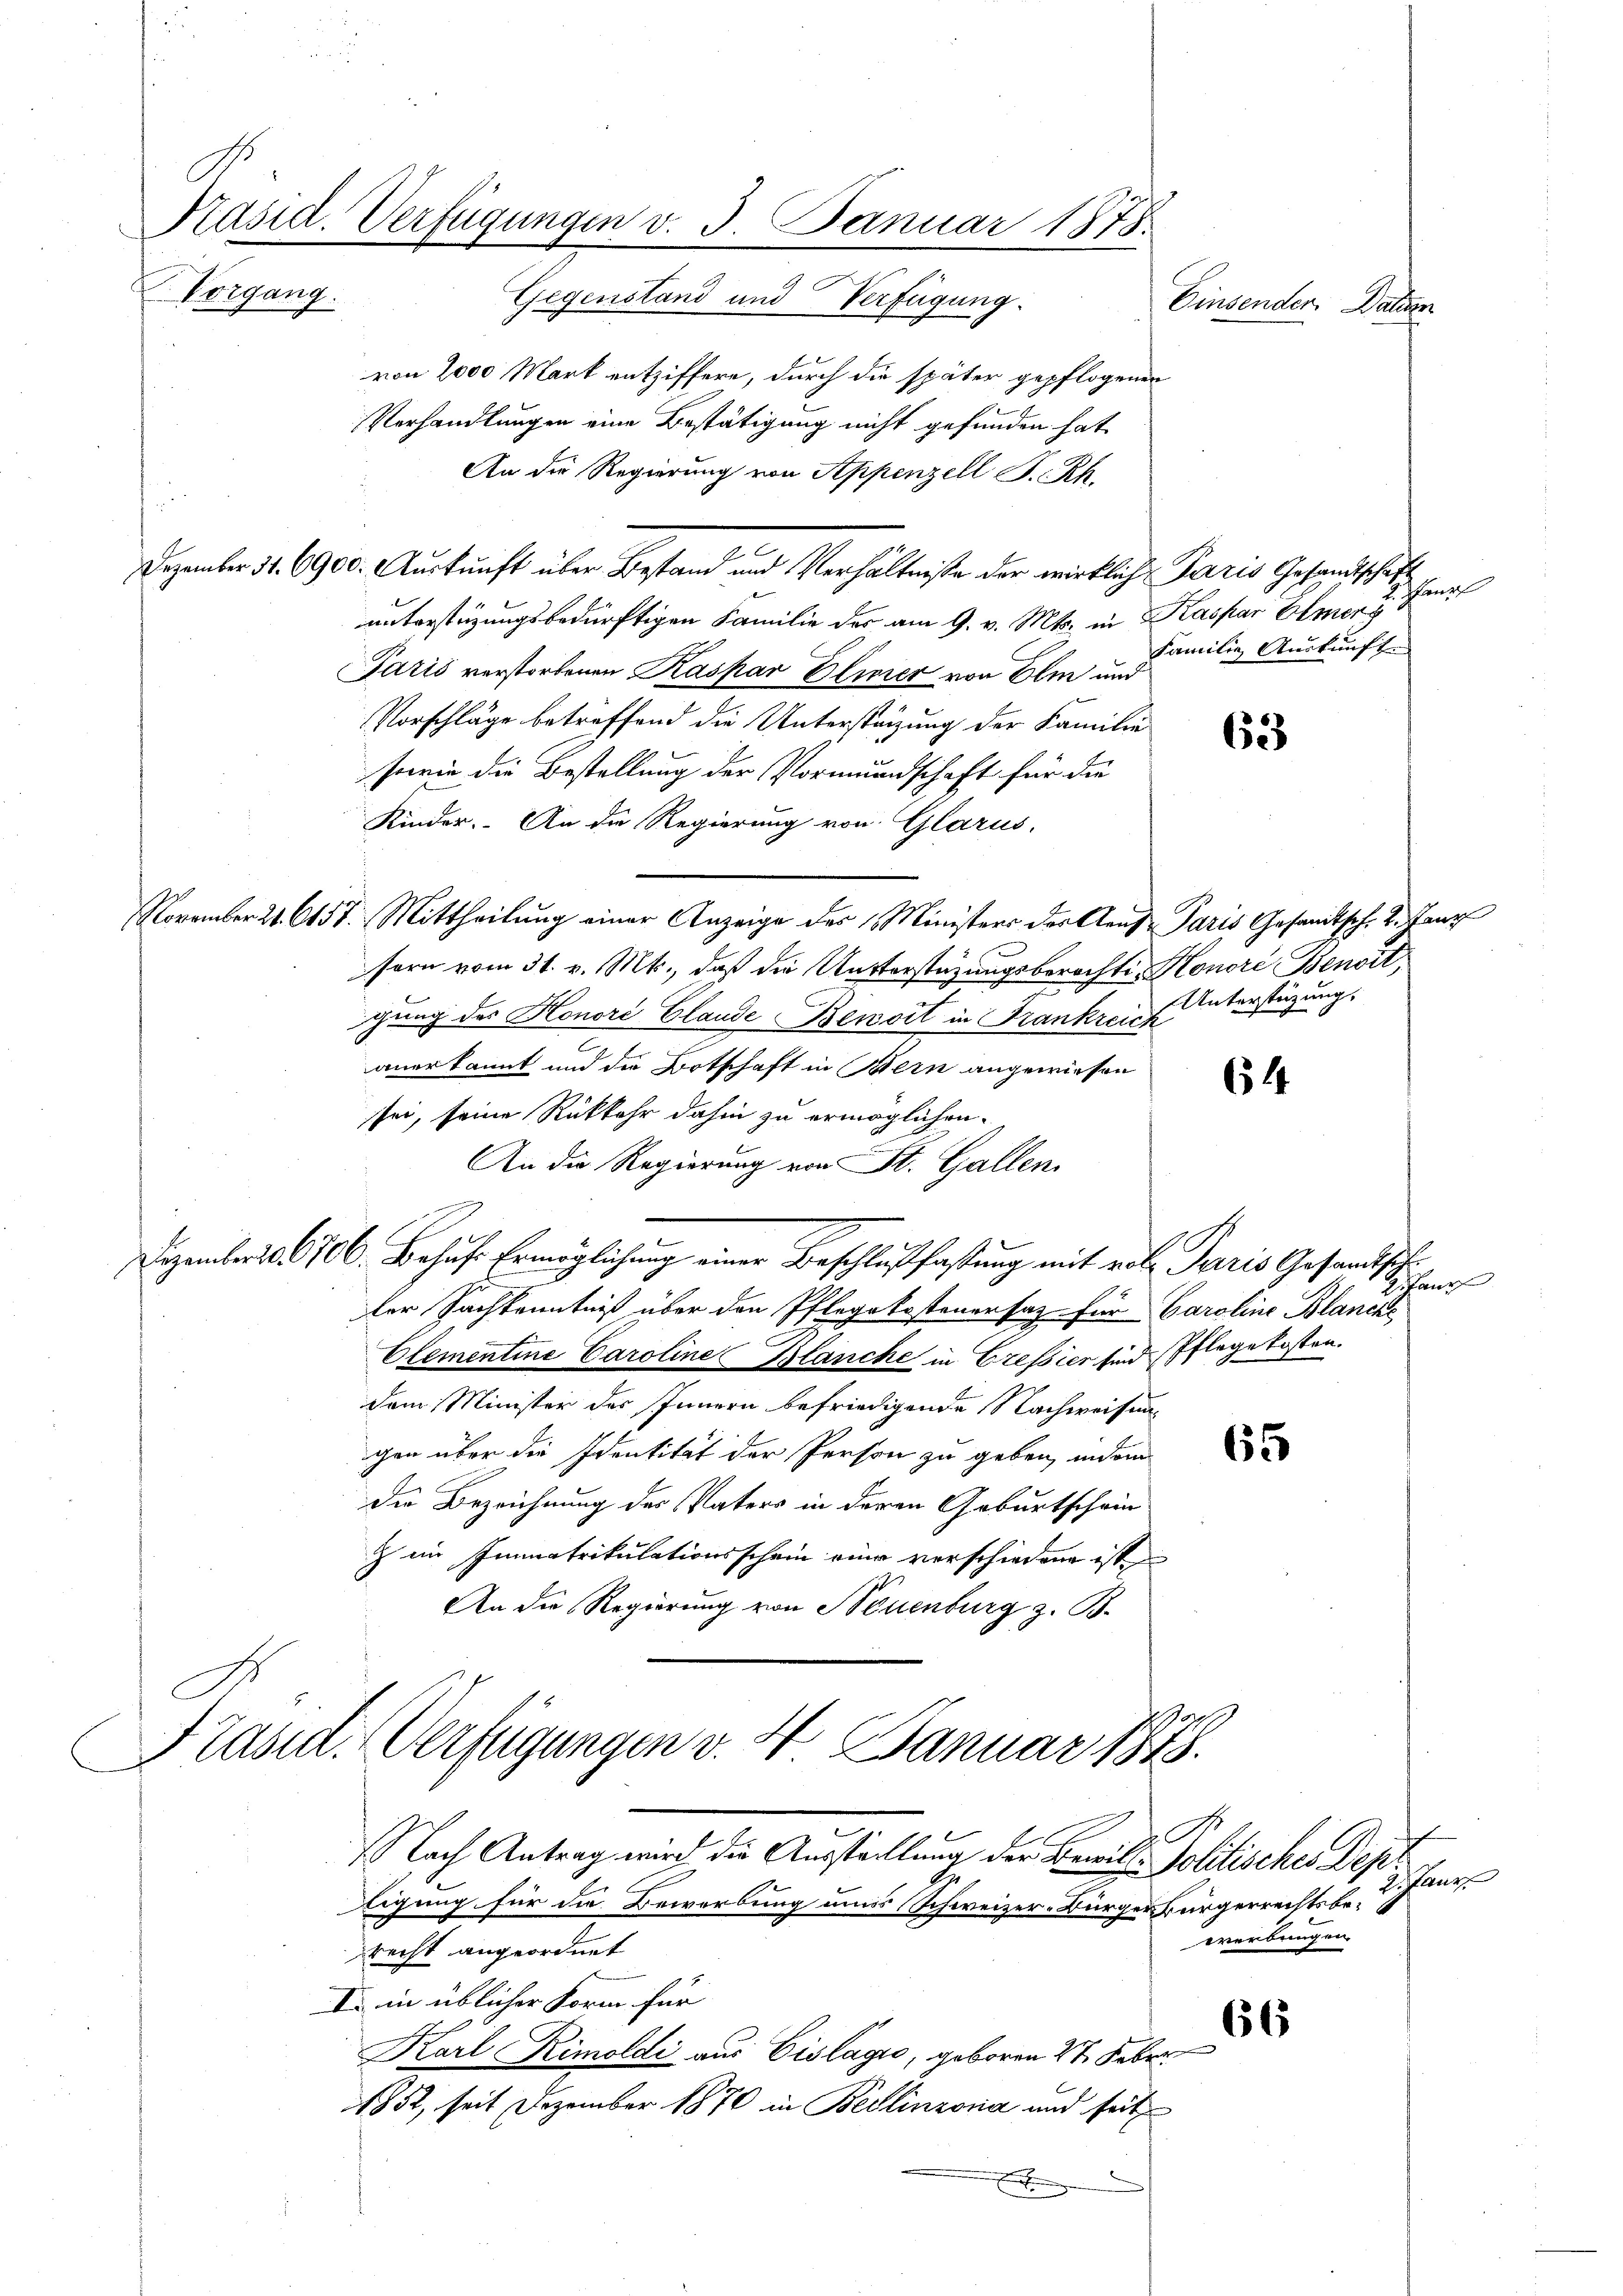
Präsid. Verfügungen v. 3. Januar 1878.
Vorgang.
Gegenstand und Verfügung.
Einsender. Daten.

von 2000 Mark entziffere, durch die später gepflogener
Verhandlungen eine Bestätigung nicht gefunden hat,
An die Regierung von Appenzell A.-Rh.
Dezember 31. 6900. Auskunft über Bestand und Verhältnisse der wirklich Paris Gesandtschaft
unterstüzungsbedürftigen Familie der am 9. v. Mts. in Kaspar Elmerg
Paris verstorbenen Kaspar Elivier von Olm und
Vorschläge betreffend die Unterstützung der Familie
sowie die Bestellung der Vormundschaft für die
Kinder. An die Regierung von Glarus,
November 21. 615. Mittheilung einer Anzeige des Ministers der Aeus Paris Gesandtsch. 2. Janz
sern vom 31. v. Mts., daß die Unterstützungsberechte Honore Benoit
gung des Honori Claude Benoit in Frankreich
anerkannt und die Botschaft in Bern angewiesen
sei, seine Rückkehr dahin zu ermöglichen
An die Regierung von St. Gallen
Dezember 18706. Behufe Ermöglichung einer Beschlußfastung mit vol. Paris Gesandtsch
ter Sachkenntniß über den Pflegekostenersatz für Caroline Blancke
Clementine Caroline Blanche in Cressier sind Pflegekosten.
dem Minister des Innern befriedigende Nachweisung
gen über die Identität der Person zu geben, indem
die Bezeichnung des Vaters in deren Geburtschein
c im Immatrikulationsschein eine verschiedene ist
An die Regierung von Neuenburg z. B.
app

Pille

M.
Verfügungen v. 4. 5. Januar 1848.
No
Nach Antrag wird die Ausstählung der Bewill - Politisches Dep

tigung für die Bewerbung unss Schweizer-Bürgerbürgerrechtsbe¬

lan
Familie Auskunft.

recht angeordnet
I in üblicher Form für
Karl Rimoldi aus Eislagio, geboren 27. Febr
1852, seit Dezember 1870 in Bellinzona und seit
.

63

Unterstüzung,

64

fen

Sihlanze
werbungen.

66